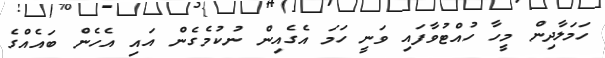
ހަމަލާދިން މީހާ ހުއްޓުވާފައި ވަނީ ހަމަ އެގެއިން ނުކުމެގެން އައި އެހެން ބައެއްގެ